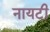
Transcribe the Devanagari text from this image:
नायटी